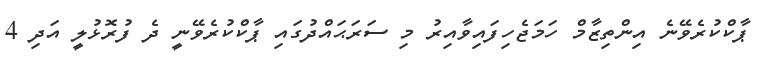
ޕާކްކުރެވޭނެ އިންތިޒާމް ހަމަޖެހިފައިވާއިރު މި ސަރަޙައްދުގައި ޕާކްކުރެވޭނީ ދެ ފުރޮޅުލީ އަދި 4